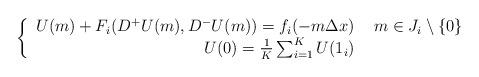
LaTeX: \begin{align*} \left\{ \begin{array}{r l}U(m) + F_{i}(D^{+}U(m),D^{-}U(m)) = f_{i}(-m \Delta x) & \, \, m \in J_{i} \setminus \{0\} \\U(0) = \frac{1}{K} \sum_{i = 1}^{K} U(1_{i})\end{array} \right.\end{align*}